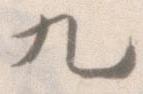
九